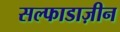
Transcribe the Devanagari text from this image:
सल्फाडाज़ीन